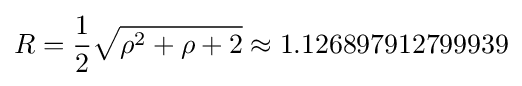
R={\frac {1}{2}}{\sqrt {\rho ^{2}+\rho +2}}\approx 1.126897912799939